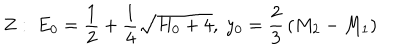
Z : ~ E _ { 0 } = { \frac { 1 } { 2 } } + { \frac { 1 } { 4 } } \sqrt { H _ { 0 } + 4 } , ~ y _ { 0 } = { \frac { 2 } { 3 } } \left( M _ { 2 } - M _ { 1 } \right)